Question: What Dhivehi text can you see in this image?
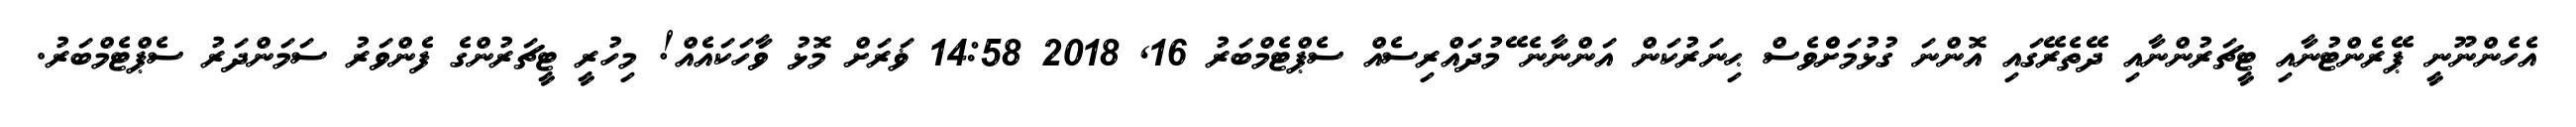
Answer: އެހެންނޫނީ ޕޭރެންޓުނާއި ޓީޗަރުންނާއި ދޭތެރޭގައި އޮންނަ ގުޅުމަށްެވެސް ޙިނަރުކަން އަންނާނެ ޭމުދައްރިސެއް ސެޕްޓެމްބަރު 16, 2018 14:58 ޥަރަށް މޮޅު ވާހަކައެއް! މިހުރީ ޓީޗަރުންގެ ފެންވަރު ސަމަންދަރު ސެޕްޓެމްބަރު.